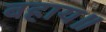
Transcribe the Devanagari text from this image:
बहाय॥